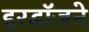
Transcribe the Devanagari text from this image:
इरडॉजने